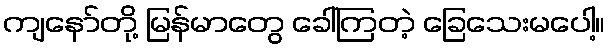
ကျနော်တို့ မြန်မာတွေ ခေါ်ကြတဲ့ ခြေသေးမပေါ့။